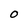
Character: O